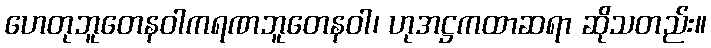
ဟေတုဘူတေနဝါကရဏဘူတေနဝါ၊ ဟုအဋ္ဌကထာဆရာ ဆိုသတည်း။